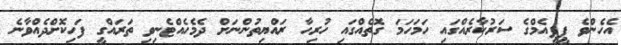
އެހެންވެ ޕީޕީއެމްގެ ސަރުކާރެއްގައި ހަމަހަމަ ގޮތެއްގައި ހުރިހާ ރައްޔިތުންނަށް ދެމެހެއްޓެނިވި ތަރައްގީ ފަހިކޮށްދެއްވާނެ